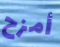
أمزح